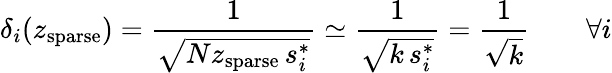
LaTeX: \delta_{i}(z_{\mathrm{sparse}})=\frac{1}{\sqrt{Nz_{\mathrm{sparse}}\, s_{i}^{*}}}\simeq\frac{1}{\sqrt{k\, s_{i}^{*}}}=\frac{1}{\sqrt{k}}\qquad\forall i